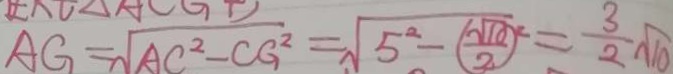
A G = \sqrt { A C ^ { 2 } - C G ^ { 2 } } = \sqrt { 5 ^ { 2 } - ( \frac { \sqrt { 1 0 } } { 2 } ) ^ { 2 } } = \frac { 3 } { 2 } \sqrt { 1 0 }